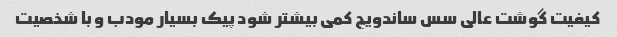
کیفیت گوشت عالی سس ساندویچ کمی بیشتر شود پیک بسیار مودب و با شخصیت